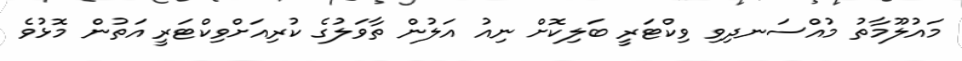
މައުލޫމާތު މުއްސަނދިވި ވިކްޓަރީ ބަލިކޮށް ނިއު އަލުން ތާވަލުގެ ކުރިއަށްވިކްޓަރީ އަތުން މޮޅުވެ